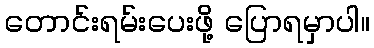
တောင်းရမ်းပေးဖို့ ပြောရမှာပါ။